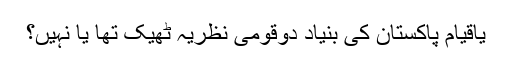
یاقیام پاکستان کی بنیاد دوقومی نظریہ ٹھیک تھا یا نہیں؟